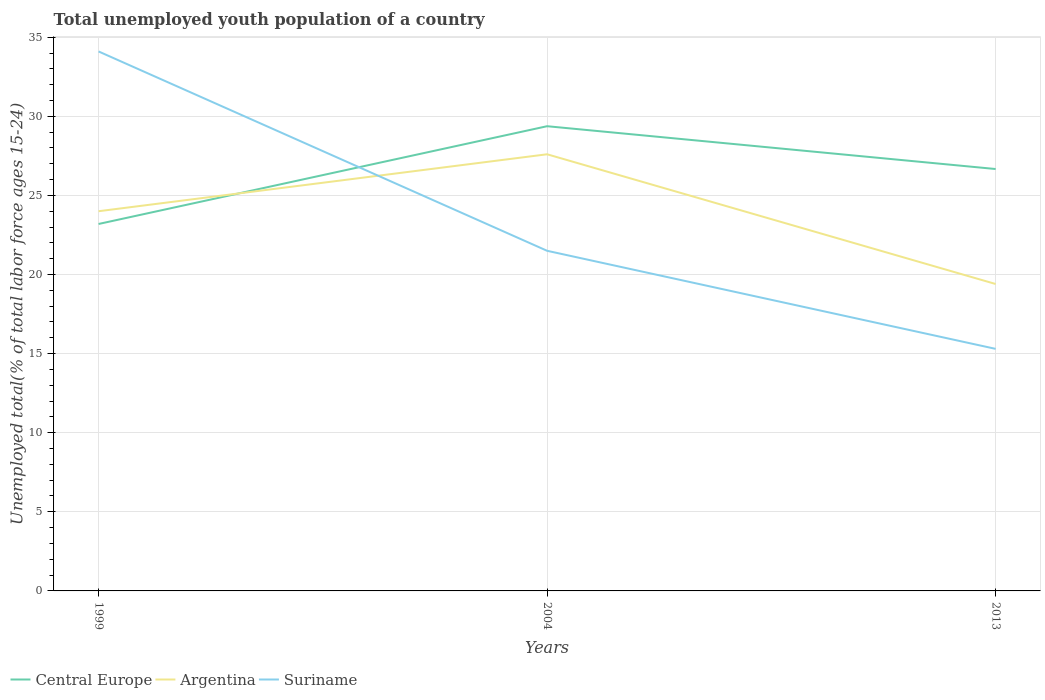
| Years | Central Europe | Argentina | Suriname |
 | --- | --- | --- | --- |
 | 1999 | 23.2 | 24 | 34.1 |
 | 2004 | 29.4 | 27.6 | 21.5 |
 | 2013 | 26.7 | 19.4 | 15.3 |